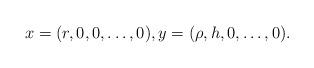
LaTeX: \begin{align*} x=(r,0,0,\dots, 0),y=(\rho,h,0,\dots, 0). \end{align*}